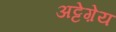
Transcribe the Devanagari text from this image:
अट्टेग़ेय